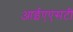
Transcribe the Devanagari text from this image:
आईएएसटी